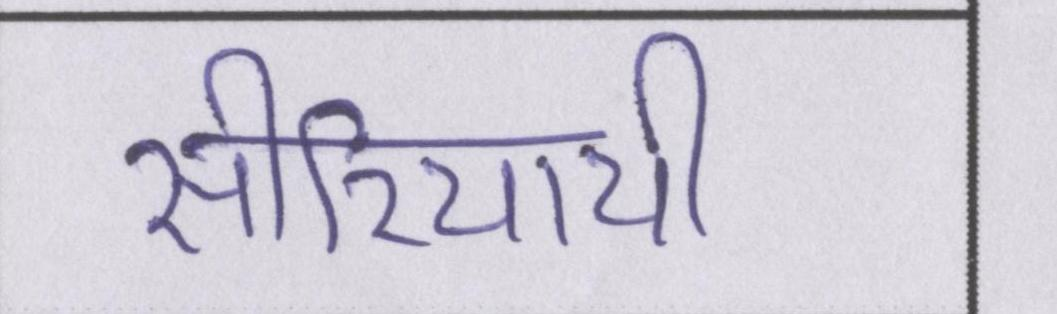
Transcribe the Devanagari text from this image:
सीरियायी